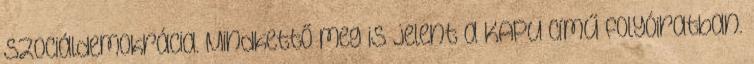
szociáldemokrácia. Mindkettő meg is je­lent a KAPU című folyóiratban.